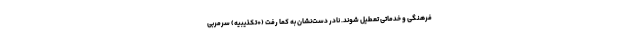
فرهنگی و خدماتی تعطیل شوند. نادر دست‌نشان به کما رفت (+تکذیبیه) سرمربی